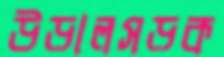
উড়ালসড়ক